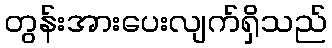
တွန်းအားပေးလျက်ရှိသည်